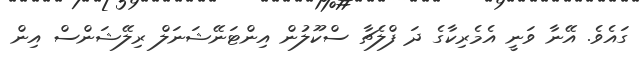
ގައެވެ. އޭނާ ވަނީ އެމެރިކާގެ ދަ ފްލެޗާ ސްކޫލުން އިންޓަނޭޝަނަލް ރިލޭޝަންސް އިން